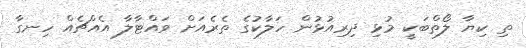
ތި ކިޔާ ލޯތްބަކީ މުޅި ދިރިއުޅުން ހަލާކުގެ ތެރެއަށް ވައްޓާލާ އެއްޗެއް ހިނގާ